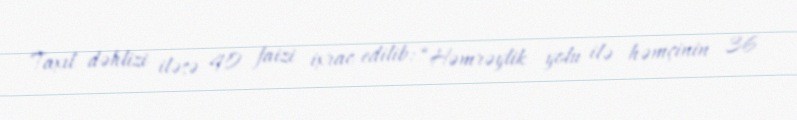
Taxıl dəhlizi iləsə 40 faizi ixrac edilib: “Həmrəylik yolu ilə həmçinin 36